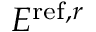
E ^ { \mathrm { r e f } , r }